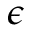
\epsilon